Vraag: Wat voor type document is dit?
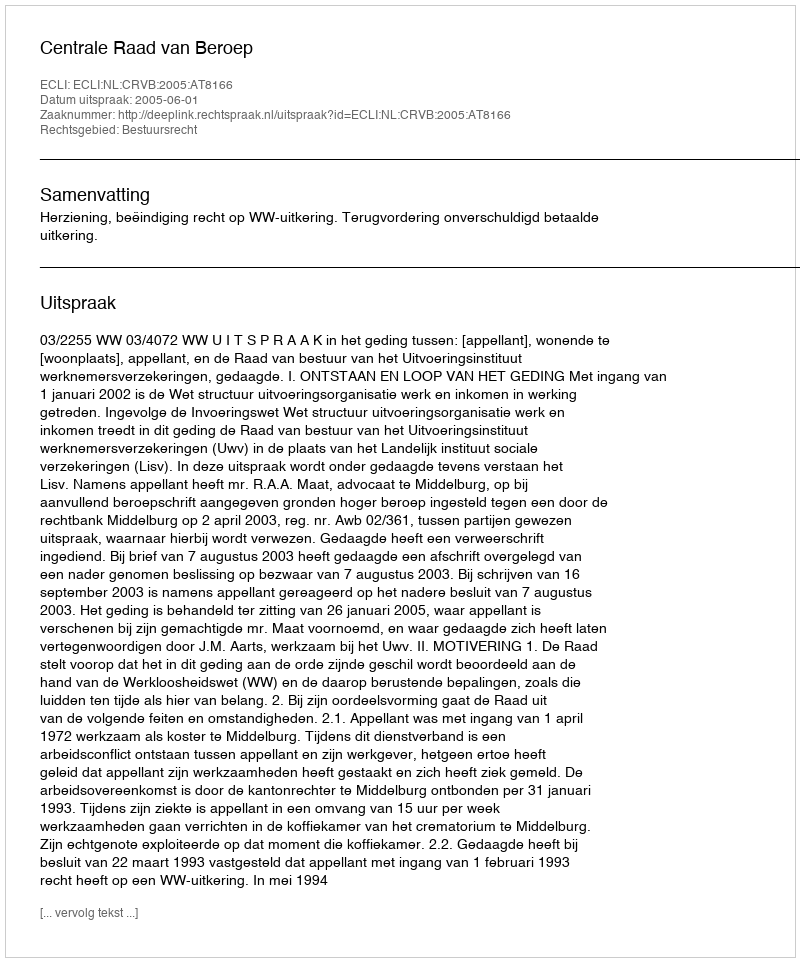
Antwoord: Uitspraak